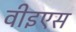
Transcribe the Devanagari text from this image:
वीइएस